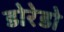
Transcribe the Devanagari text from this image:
डोरेडो